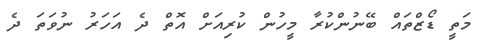
މަތީ ޑޯޒްތައް ބޭނުންކުރާ މީހުން ކުރިއަށް އޮތް ދެ އަހަރު ނުވަތަ ދެ